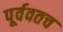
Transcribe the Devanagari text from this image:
पूर्ववतच